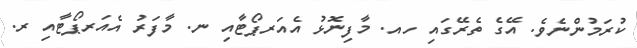
ކުރަމުންނެވެ. އޭގެ ތެރޭގައި ހއ. މާފިނޮޅު އެއަރޕޯޓާއި ނ. މާފަރު އެއަރޕޯޓާއި ރ.